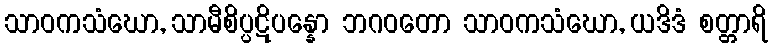
သာဝကသံဃော, သာမီစိပ္ပဋိပန္နော ဘဂဝတော သာဝကသံဃော, ယဒိဒံ စတ္တာရိ